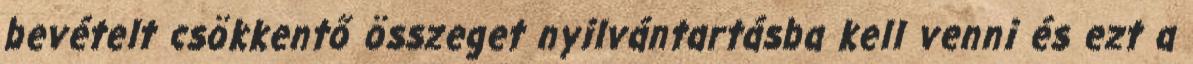
bevételt csökkentő összeget nyilvántartásba kell venni és ezt a